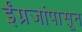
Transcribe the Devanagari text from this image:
ईंग्रजांपासून